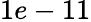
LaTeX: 1e-11